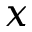
x